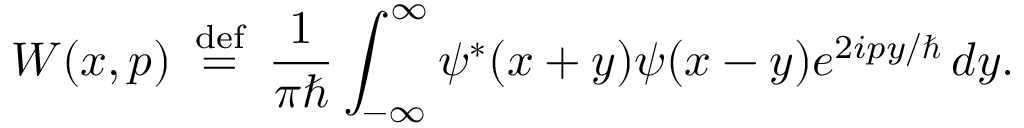
W ( x , p ) \, \ { \stackrel { \mathrm { d e f } } { = } } \ \, { \frac { 1 } { \pi \hbar } } \int _ { - \infty } ^ { \infty } \psi ^ { * } ( x + y ) \psi ( x - y ) e ^ { 2 i p y / \hbar } \, d y .